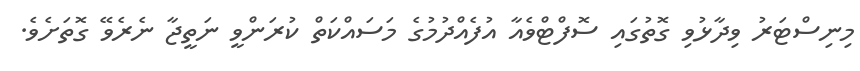
މިނިސްޓަރު ވިދާޅުވި ގޮތުގައި ސޮފްޓްވެއާ އުފެއްދުމުގެ މަސައްކަތް ކުރަންވީ ނަތީޖާ ނެރެވޭ ގޮތަށެވެ.